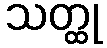
သတ္ထု